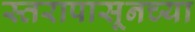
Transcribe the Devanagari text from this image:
स्तरापासूनच्या